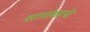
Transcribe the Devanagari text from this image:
साधकाचे